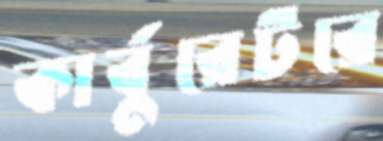
কার্বুরেটরে